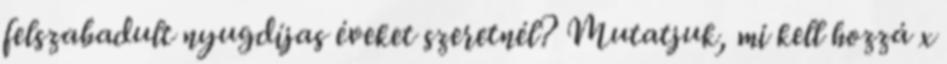
felszabadult nyugdíjas éveket szeretnél? Mutatjuk, mi kell hozzá x